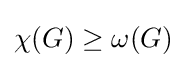
\chi (G)\geq \omega (G)